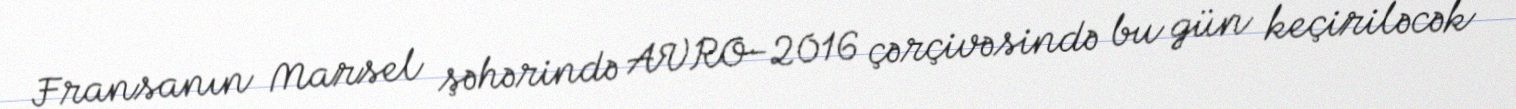
Fransanın Marsel şəhərində AVRO-2016 çərçivəsində bu gün keçiriləcək